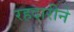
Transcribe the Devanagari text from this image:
रहदारीने